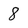
Character: 8